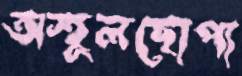
অস্হূলছোপা